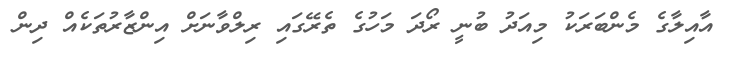
އާއިލާގެ މެންބަރަކު މިއަދު ބުނީ ރޯދަ މަހުގެ ތެރޭގައި ރިލްވާނަށް އިންޒާރުތަކެއް ދިން